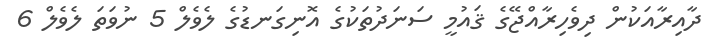
ދާއިރާއަކުން ދިވެހިރާއްޖޭގެ ޤައުމީ ސަނަދުތަކުގެ އޮނިގަނޑުގެ ލެވެލް 5 ނުވަތަ ލެވެލް 6